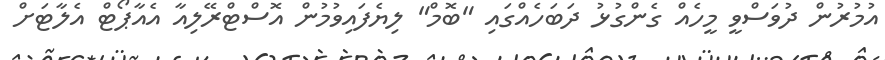
އުމުރުން ދުވަސްވީ މީހެއް ގެންގުޅު ދަބަހެއްގައި "ބޮމް" ލިޔެފައިވުމުން އޮސްޓްރޭލިއާ އެއާޕޯޓް އެލާޓަށް